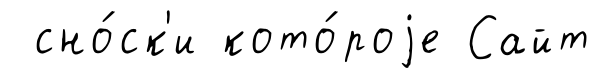
сно́ск'и кото́роjе Сайт